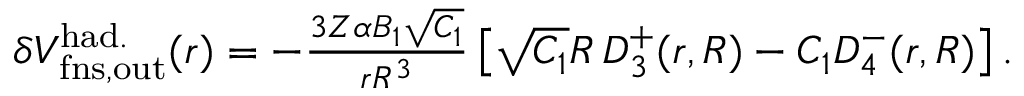
\begin{array} { r } { \delta V _ { \mathrm { f n s , o u t } } ^ { \mathrm { h a d . } } ( r ) = - \frac { 3 Z \alpha B _ { 1 } \sqrt { C _ { 1 } } } { r R ^ { 3 } } \left[ \sqrt { C _ { 1 } } R \, D _ { 3 } ^ { + } ( r , R ) - C _ { 1 } D _ { 4 } ^ { - } ( r , R ) \right] . } \end{array}